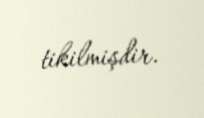
tikilmişdir.